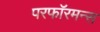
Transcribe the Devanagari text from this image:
परफॉरमन्स